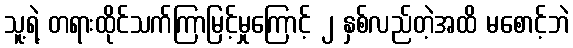
သူ့ရဲ့ တရားထိုင်သက်ကြာမြင့်မှုကြောင့် ၂ နှစ်လည်တဲ့အထိ မစောင့်ဘဲ